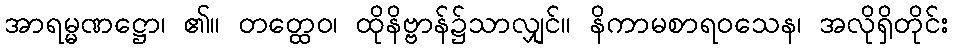
အာရမ္မဏဋ္ဌော၊ ၏။ တတ္ထေဝ၊ ထိုနိဗ္ဗာန်၌သာလျှင်။ နိကာမစာရဝသေန၊ အလိုရှိတိုင်း